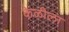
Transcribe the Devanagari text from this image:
केळीला